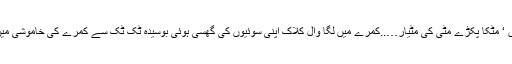
داخلی دروازے کے ساتھ دو موڑھے پڑے تھے ان کے ساتھ چھوٹی سی میز پر سرخ تہبند ‘ سبز کرتے میں ‘ مٹکا پکڑے مٹی کی مٹیار…..کمرے میں لگا وال کلاک اپنی سوئیوں کی گھسی ہوئی بوسیدہ ٹک ٹک سے کمرے کی خاموشی میں لمحہ بہ لمحہ ارتعاش پیدا کر رہا تھا…..چھت پہ گھومتے مٹیالے سے پنکھے کی ہلکی ہلکی سرسراہٹیں۔